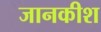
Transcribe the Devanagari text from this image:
जानकीश